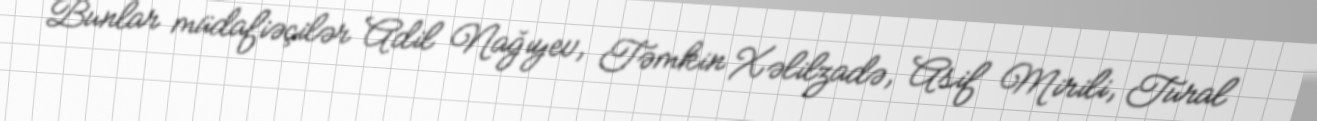
Bunlar müdafiəçilər Adil Nağıyev, Təmkin Xəlilzadə, Asif Mirili, Tural